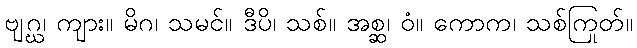
ဗျဂ္ဃ၊ ကျား။ မိဂ၊ သမင်။ ဒီပိ၊ သစ်။ အစ္ဆ၊ ဝံ။ ကောက၊ သစ်ကြုတ်။